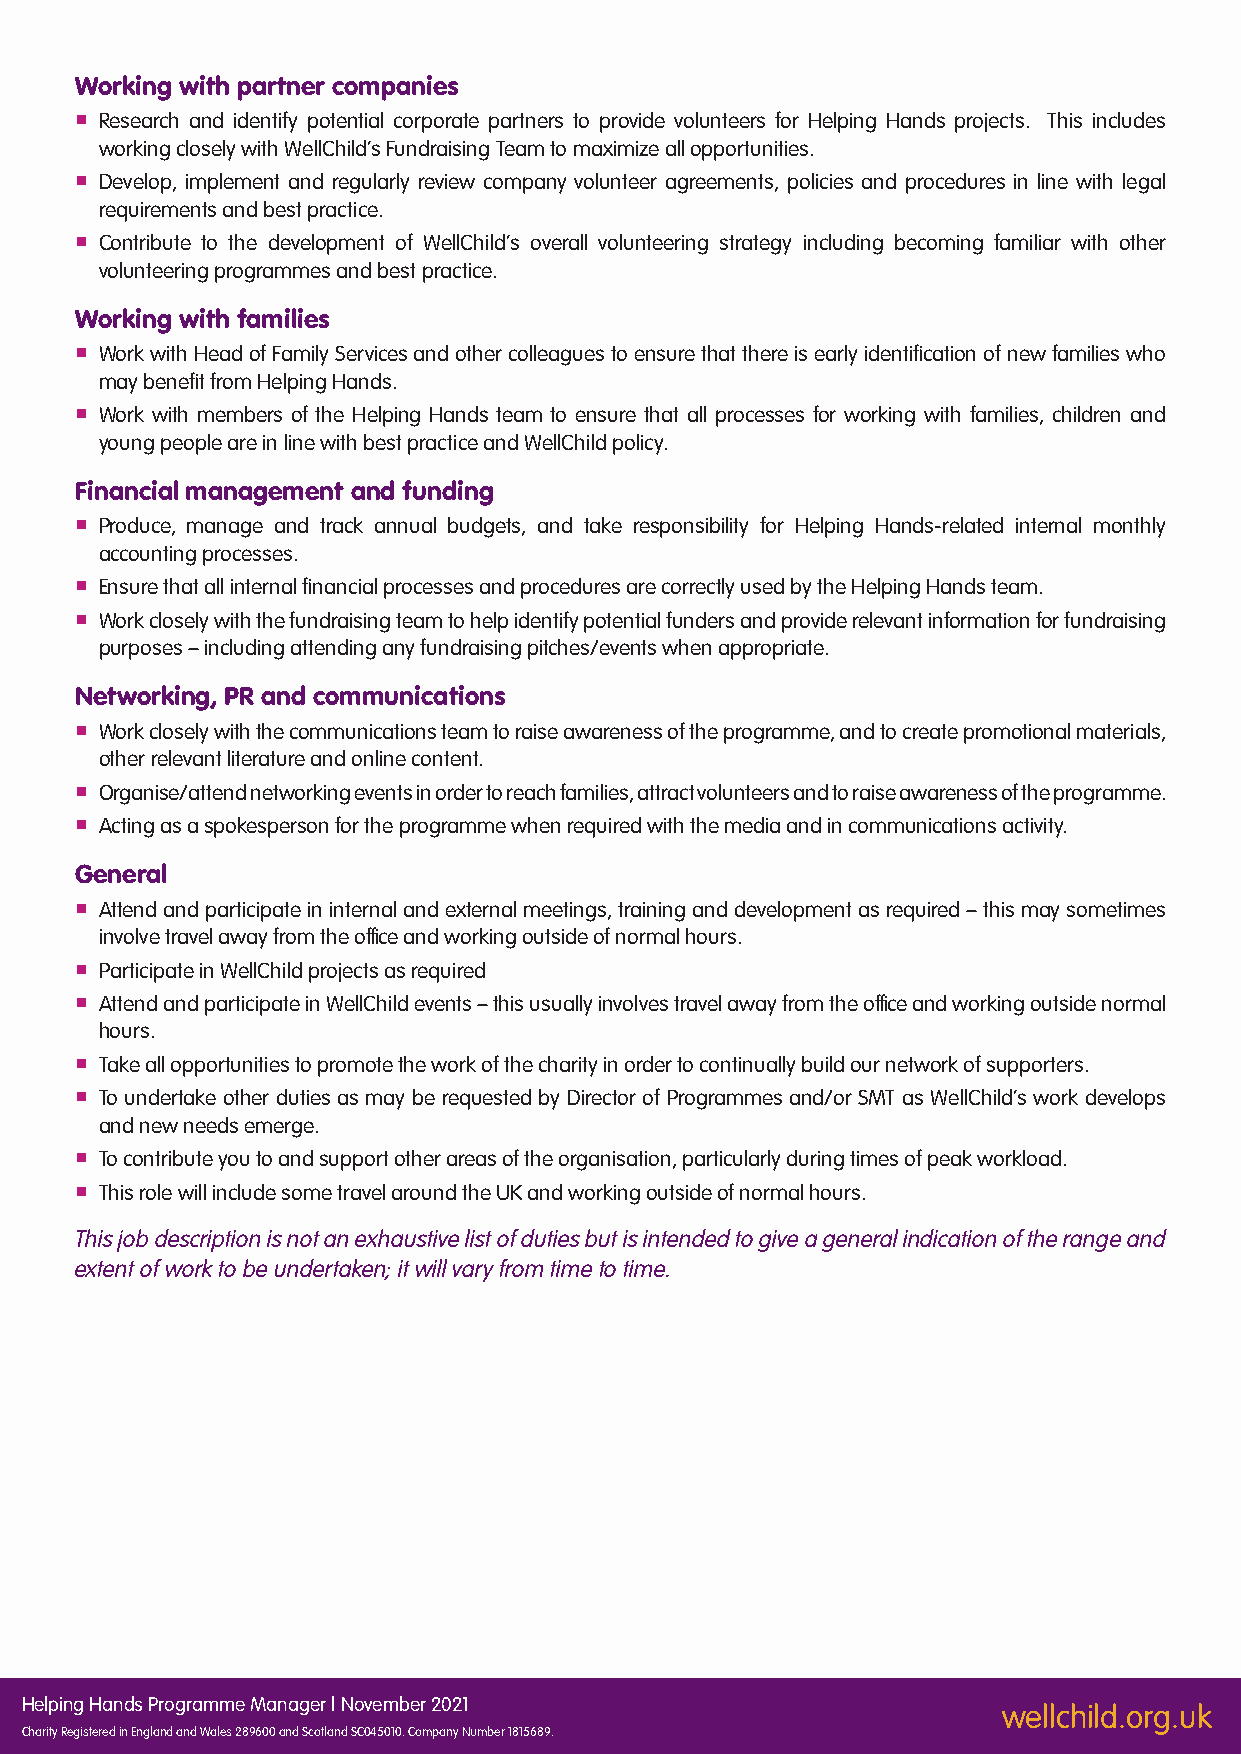
Working with partner companies
  Research and identify potential corporate partners to provide volunteers for Helping Hands projects. This includes
 working closely with WellChild’s Fundraising Team to maximize all opportunities.
  Develop, implement and regularly review company volunteer agreements, policies and procedures in line with legal
 requirements and best practice.
  Contribute to the development of WellChild’s overall volunteering strategy including becoming familiar with other
 volunteering programmes and best practice.
 Working with families
  Work with Head of Family Services and other colleagues to ensure that there is early identification of new families who
 may benefit from Helping Hands.
  Work with members of the Helping Hands team to ensure that all processes for working with families, children and
 young people are in line with best practice and WellChild policy.
 Financial management and funding
  Produce, manage and track annual budgets, and take responsibility for Helping Hands-related internal monthly
 accounting processes.
  Ensure that all internal financial processes and procedures are correctly used by the Helping Hands team.
  Work closely with the fundraising team to help identify potential funders and provide relevant information for fundraising
 purposes – including attending any fundraising pitches/events when appropriate.
 Networking, PR and communications
  Work closely with the communications team to raise awareness of the programme, and to create promotional materials,
 other relevant literature and online content.
  Organise/attend networking events in order to reach families, attract volunteers and to raise awareness of the programme.
  Acting as a spokesperson for the programme when required with the media and in communications activity.
 General
  Attend and participate in internal and external meetings, training and development as required – this may sometimes
 involve travel away from the office and working outside of normal hours.
  Participate in WellChild projects as required
  Attend and participate in WellChild events – this usually involves travel away from the office and working outside normal
 hours.
  Take all opportunities to promote the work of the charity in order to continually build our network of supporters.
  To undertake other duties as may be requested by Director of Programmes and/or SMT as WellChild’s work develops
 and new needs emerge.
  To contribute you to and support other areas of the organisation, particularly during times of peak workload.
  This role will include some travel around the UK and working outside of normal hours.
 This job description is not an exhaustive list of duties but is intended to give a general indication of the range and
 extent of work to be undertaken; it will vary from time to time.
 Helping Hands Programme Manager | November 2021
 wellchild.org.uk
 Charity Registered in England and Wales 289600 and Scotland SC045010. Company Number 1815689.